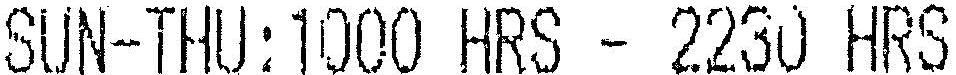
SUN-THU:1000 HRS - 2230 HRS